Annual report of the Central Committee of the Association together with the report of the directors of the Pasteur Institute at Kasauli
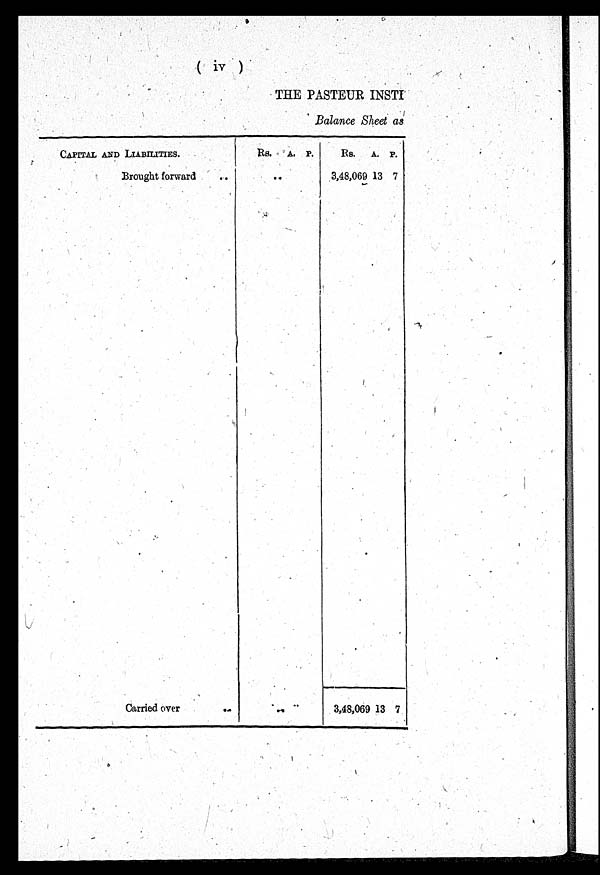
( iv )
THE PASTEUR INSTI
Balance Sheet as
CAPITAL AND LIABILITIES.
Brought forward
. .
Carried over
. .
R s.
A .
P .
. .
. .
Rs. A. P.
3,48,069 13 7
3,48,069 13 7